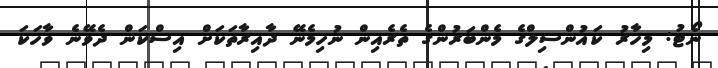
ނޯޓު: މިހާރު ކައުންސިލްގެ މެންބަރުންގެ ތެރެއިން ނުހިމެނޭ ދާއިރާތަކަށް އިސްކަން ދެވޭނެ ވާހަކަ